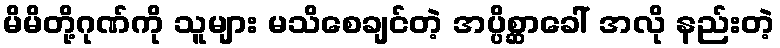
မိမိတို့ဂုဏ်ကို သူများ မသိစေချင်တဲ့ အပ္ပိစ္ဆာခေါ် အလို နည်းတဲ့